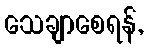
သေချာစေရန်,